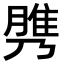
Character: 𦞾